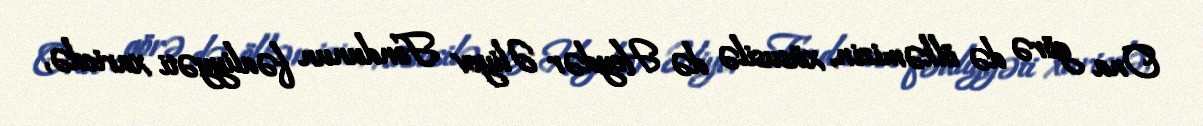
Ona görə də ölkəmizin, xüsusilə də Heydər Əliyev Fondunun fəaliyyəti xaricdə,